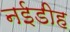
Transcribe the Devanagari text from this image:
नईडीह